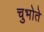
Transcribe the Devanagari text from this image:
चुभोते